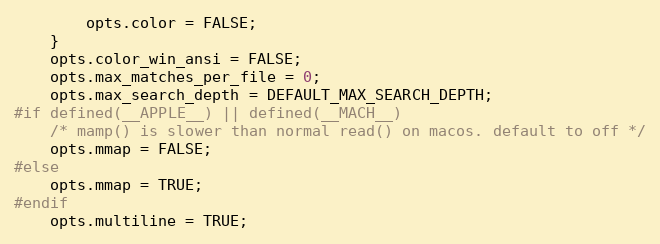
Language: C
        opts.color = FALSE;
    }
    opts.color_win_ansi = FALSE;
    opts.max_matches_per_file = 0;
    opts.max_search_depth = DEFAULT_MAX_SEARCH_DEPTH;
#if defined(__APPLE__) || defined(__MACH__)
    /* mamp() is slower than normal read() on macos. default to off */
    opts.mmap = FALSE;
#else
    opts.mmap = TRUE;
#endif
    opts.multiline = TRUE;